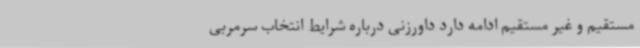
مستقیم و غیر مستقیم ادامه دارد داورزنی درباره شرایط انتخاب سرمربی